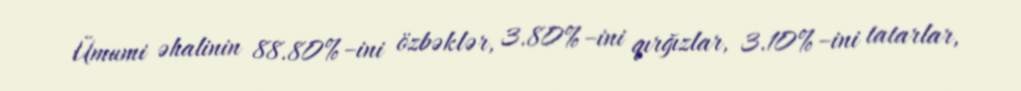
Ümumi əhalinin 88.80%–ini özbəklər, 3.80%–ini qırğızlar, 3.10%–ini tatarlar,